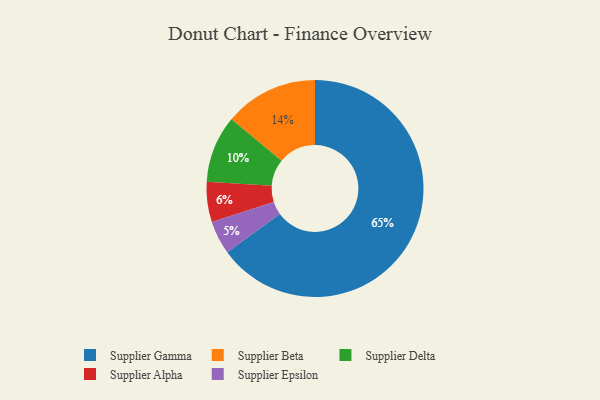
{"axis": {"x": "Category", "y": "Percentage"}, "legend": ["Supplier Alpha", "Supplier Beta", "Supplier Delta", "Supplier Epsilon", "Supplier Gamma"], "data": [{"x": "Supplier Delta", "y": 10, "type": "Supplier Delta"}, {"x": "Supplier Alpha", "y": 6, "type": "Supplier Alpha"}, {"x": "Supplier Epsilon", "y": 5, "type": "Supplier Epsilon"}, {"x": "Supplier Beta", "y": 14, "type": "Supplier Beta"}, {"x": "Supplier Gamma", "y": 65, "type": "Supplier Gamma"}]}